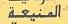
المنيعة